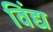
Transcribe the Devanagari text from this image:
विंद्य